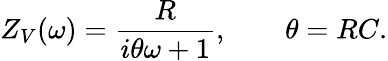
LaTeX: Z_{V}(\omega)=\frac{R}{i\theta\omega+1},\qquad\theta=RC.